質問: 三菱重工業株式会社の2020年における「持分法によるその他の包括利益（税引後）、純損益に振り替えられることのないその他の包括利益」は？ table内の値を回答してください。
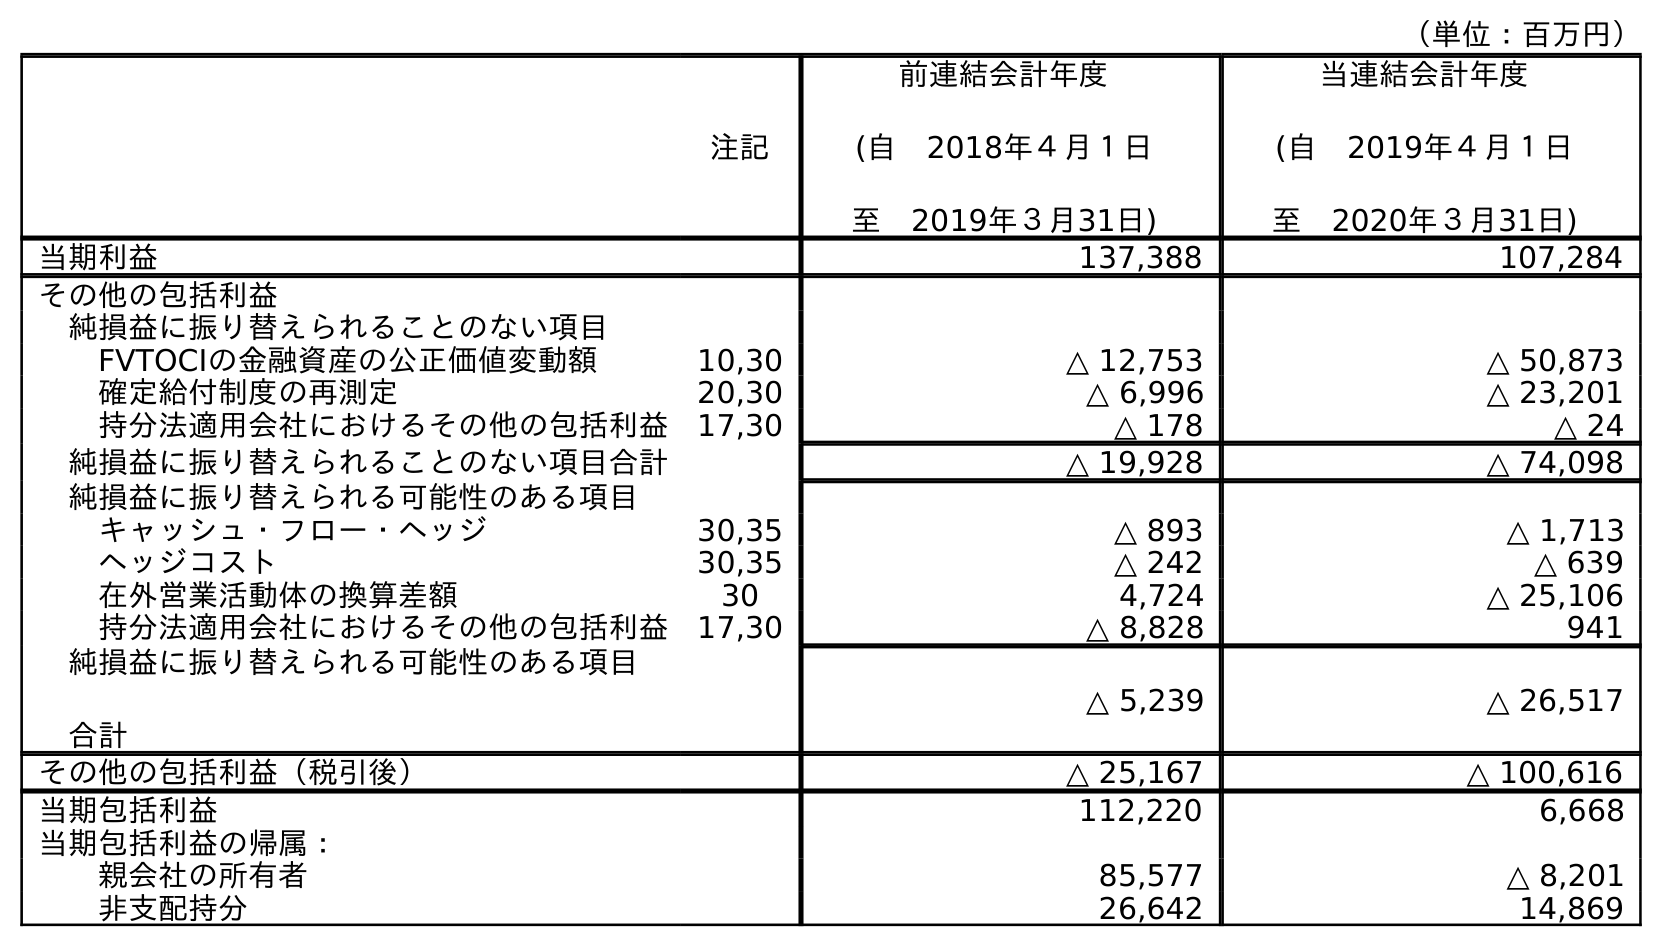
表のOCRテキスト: （単位：百万円） 注記 前連結会計年度 (自 2018年４月１日 至 2019年３月31日) 当連結会計年度 (自 2019年４月１日 至 2020年３月31日) 当期利益 137,388 107,284 その他の包括利益 純損益に振り替えられることのない項目 FVTOCIの金融資産の公正価値変動額 10,30 △ 12,753 △ 50,873 確定給付制度の再測定 20,30 △ 6,996 △ 23,201 持分法適用会社におけるその他の包括利益 17,30 △ 178 △ 24 純損益に振り替えられることのない項目合計 △ 19,928 △ 74,098 純損益に振り替えられる可能性のある項目 キャッシュ・フロー・ヘッジ 30,35 △ 893 △ 1,713 ヘッジコスト 30,35 △ 242 △ 639 在外営業活動体の換算差額 30 4,724 △ 25,106 持分法適用会社におけるその他の包括利益 17,30 △ 8,828 941 純損益に振り替えられる可能性のある項目 合計 △ 5,239 △ 26,517 その他の包括利益（税引後） △ 25,167 △ 100,616 当期包括利益 112,220 6,668 当期包括利益の帰属： 親会社の所有者 85,577 △ 8,201 非支配持分 26,642 14,869
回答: △24